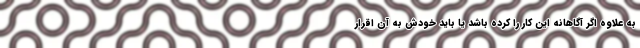
به علاوه اگر آگاهانه اين كار را كرده باشد يا بايد خودش به آن اقرار